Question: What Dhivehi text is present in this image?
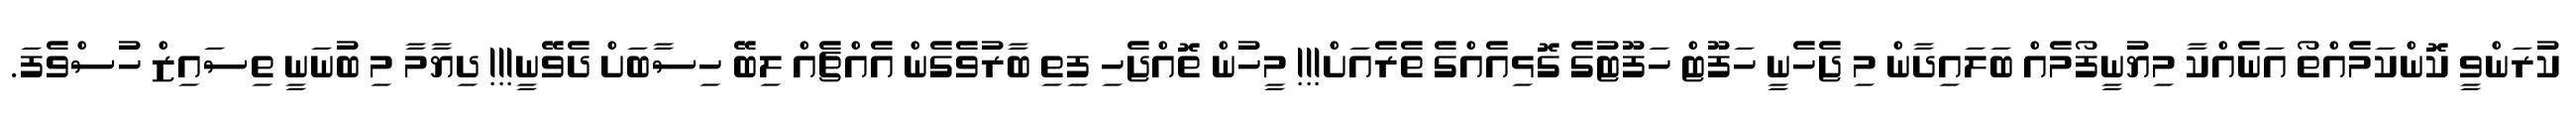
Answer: ކުރަންވީ ކޮންކަމެއްތޯ އަނެއްކާ މިޔުނީފޯމެއް ބަލައިދާން މި ޖެހެނީ ހަފޫޓް ހަފޫޓުގެ ގޮޅިއެއްގެ ތެރެއަށް!!! މީހުން ތޮއްޖެހި ފިތި ބާރުވެގެން އެއްޗެއް ލިބޭ ހިސާބަށް ދެވޭނީ!!! ދިޔާމާ މި ބުނަނީ ތިސައިޒް ހުސްވެފަ.